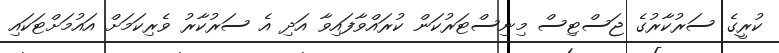
ކުރީގެ ސަރުކާރުގެ ޖަސްޓިސް މިނިސްޓަރުކަން ކުރައްވާފައިވާ އަދި އެ ސަރުކާރު ވެރިކަމަށް އައުމަށްޓަކައި